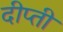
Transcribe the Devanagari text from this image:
दीप्‍ती